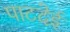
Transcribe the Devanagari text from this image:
पाटदेई